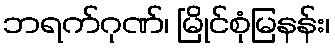
ဘရက်ဂုဏ်၊ မြိုင်စုံမြနန်း၊